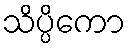
သိပ္ပိကော